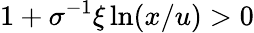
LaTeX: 1+\sigma^{-1}\xi\ln(x/u)>0